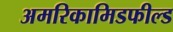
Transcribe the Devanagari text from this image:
अमरिकामिडफील्‍ड